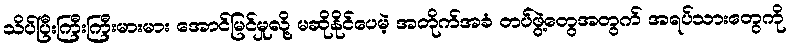
သိပ်ပြီးကြီးကြီးမားမား အောင်မြင်မှုလို့ မဆိုနိုင်ပေမဲ့ အတိုက်အခံ တပ်ဖွဲ့တွေအတွက် အရပ်သားတွေကို